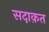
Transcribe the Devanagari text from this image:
सदाक़त